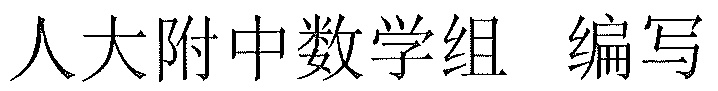
人大附中数学组 编写